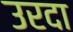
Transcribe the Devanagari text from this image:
उरदा